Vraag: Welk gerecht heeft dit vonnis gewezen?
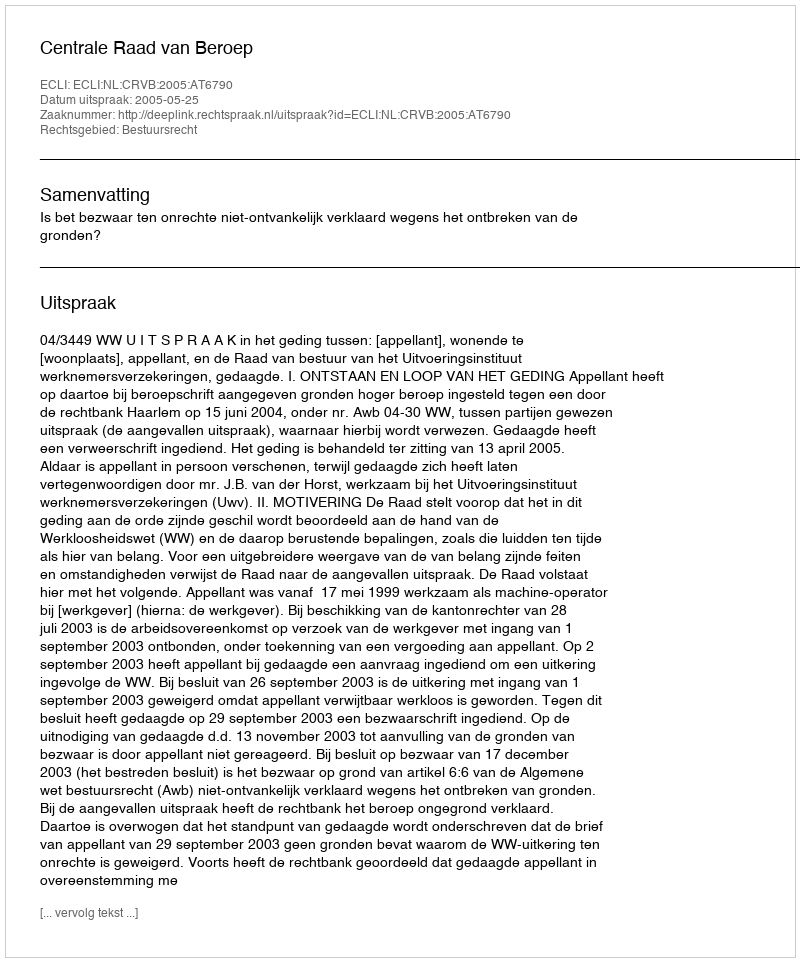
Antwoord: Centrale Raad van Beroep